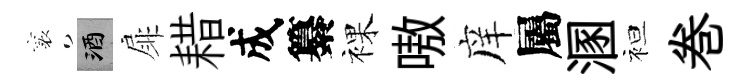
襄酒扉耤成纂裸嗷庠屬溷袒巻